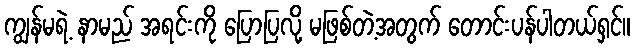
ကျွန်မရဲ့ နာမည် အရင်းကို ပြောပြလို့ မဖြစ်တဲ့အတွက် တောင်းပန်ပါတယ်ရှင်။